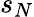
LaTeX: s_{N}